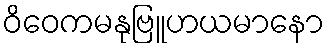
ဝိဝေကမနုဗြူဟယမာနော